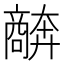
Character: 𫬩